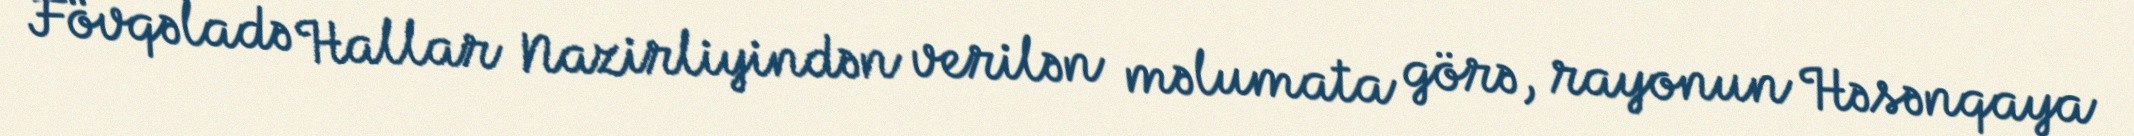
Fövqəladə Hallar Nazirliyindən verilən məlumata görə, rayonun Həsənqaya